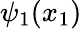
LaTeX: \psi_{1}(x_{1})